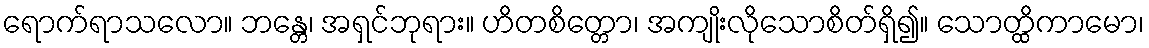
ရောက်ရာသလော။ ဘန္တေ၊ အရှင်ဘုရား။ ဟိတစိတ္တော၊ အကျိုးလိုသောစိတ်ရှိ၍။ သောတ္ထိကာမော၊